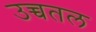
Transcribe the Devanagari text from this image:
उच्चतल